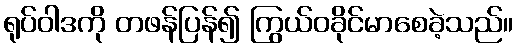
ရုပ်ဝါဒကို တဖန်ပြန်၍ ကြွယ်ဝခိုင်မာစေခဲ့သည်။